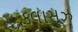
કલાસૂઝ